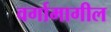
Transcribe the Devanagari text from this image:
वर्गामागील